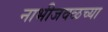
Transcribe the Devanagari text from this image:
नाभीजवळच्या